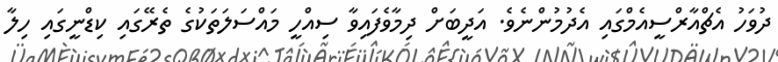
ދުވަހު އެޗްއާރްސީއެމްގައި އެދުމުންނެވެ. އަދީބަށް ދިމާވެފައިވާ ސިއްހީ މައްސަލަތަކުގެ ތެރޭގައި ކިޑްނީގައި ހިލާ